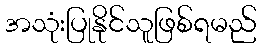
အသုံးပြုနိုင်သူဖြစ်ရမည်